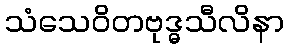
သံသေဝိတဗုဒ္ဓသီလိနာ